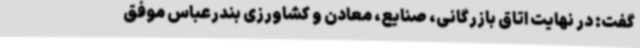
گفت: در نهایت اتاق بازرگانی، صنایع، معادن و کشاورزی بندرعباس موفق